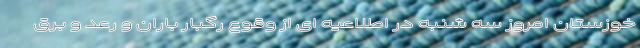
خوزستان امروز سه شنبه در اطلاعیه ای از وقوع رگبار باران و رعد و برق